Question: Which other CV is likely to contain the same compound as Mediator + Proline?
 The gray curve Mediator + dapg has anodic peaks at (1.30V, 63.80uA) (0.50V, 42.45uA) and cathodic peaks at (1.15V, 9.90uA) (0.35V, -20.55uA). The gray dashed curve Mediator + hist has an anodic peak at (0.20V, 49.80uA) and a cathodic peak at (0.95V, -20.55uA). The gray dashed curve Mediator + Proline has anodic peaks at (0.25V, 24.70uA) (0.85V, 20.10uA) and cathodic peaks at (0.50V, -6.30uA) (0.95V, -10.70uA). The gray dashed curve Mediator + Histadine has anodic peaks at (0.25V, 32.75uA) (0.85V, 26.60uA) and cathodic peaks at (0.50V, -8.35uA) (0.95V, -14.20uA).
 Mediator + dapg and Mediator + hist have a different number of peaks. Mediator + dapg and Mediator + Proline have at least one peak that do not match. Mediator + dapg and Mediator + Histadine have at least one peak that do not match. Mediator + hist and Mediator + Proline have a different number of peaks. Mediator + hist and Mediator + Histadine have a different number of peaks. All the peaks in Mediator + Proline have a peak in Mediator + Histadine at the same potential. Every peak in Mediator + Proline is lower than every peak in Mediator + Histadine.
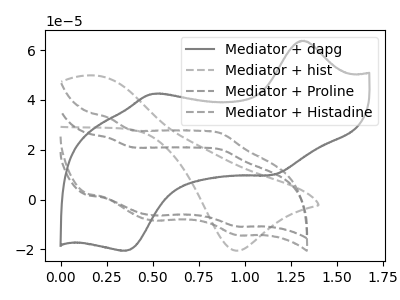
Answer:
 <answer>The CV with the most similar shape to "Mediator + Histadine" is "Mediator + Proline".</answer>
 <eval>"Mediator + Proline"</eval>